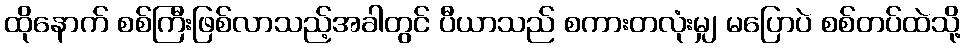
ထိုနောက် စစ်ကြီးဖြစ်လာသည့်အခါတွင် ပီယာသည် စကားတလုံးမျှ မပြောပဲ စစ်တပ်ထဲသို့